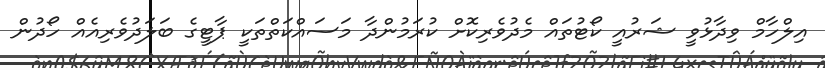
އިލްހާމް ވިދާޅުވީ ޝަރުއީ ކޯޓުތައް މެދުވެރިކޮށް ކުރަމުންދާ މަސައްކަތްތަކީ ޕާޓީގެ ބަލަދުވެރިއެއް ހޯދުން